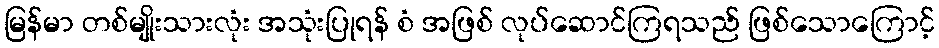
မြန်မာ တစ်မျိုးသားလုံး အသုံးပြုရန် စံ အဖြစ် လုပ်ဆောင်ကြရသည် ဖြစ်သောကြောင့်